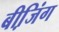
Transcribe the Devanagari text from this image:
बीजि़ंग